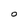
Character: O